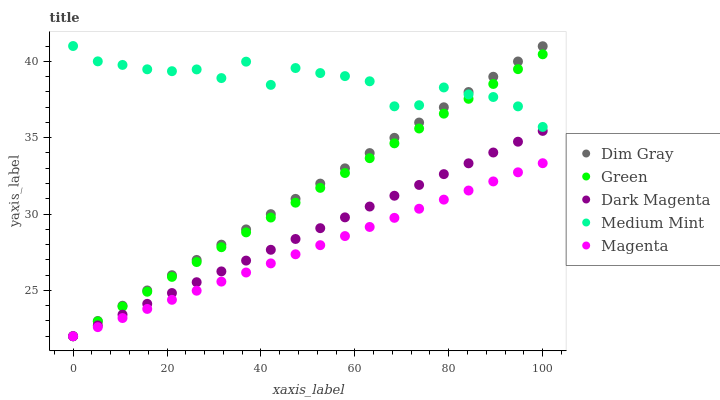
| xaxis_label | Dim Gray | Green | Dark Magenta | Medium Mint | Magenta |
 | --- | --- | --- | --- | --- | --- |
 | 0 | 22 | 22 | 22 | 41 | 22 |
 | 5.26 | 23 | 23 | 22.7 | 40 | 22.6 |
 | 10.5 | 24 | 23.9 | 23.4 | 39.8 | 23.2 |
 | 15.8 | 25 | 24.9 | 24.1 | 39.5 | 23.8 |
 | 21.1 | 26 | 25.9 | 24.8 | 39.4 | 24.4 |
 | 26.3 | 27 | 26.9 | 25.5 | 39.5 | 25 |
 | 31.6 | 28 | 27.8 | 26.2 | 38.9 | 25.6 |
 | 36.8 | 29 | 28.8 | 27 | 40 | 26.2 |
 | 42.1 | 30 | 29.8 | 27.7 | 38.5 | 26.8 |
 | 47.4 | 31 | 30.7 | 28.4 | 39.6 | 27.4 |
 | 52.6 | 32 | 31.7 | 29.1 | 39.2 | 28 |
 | 57.9 | 33 | 32.7 | 29.8 | 39 | 28.6 |
 | 63.2 | 34 | 33.7 | 30.5 | 38.7 | 29.2 |
 | 68.4 | 35 | 34.6 | 31.2 | 37.1 | 29.8 |
 | 73.7 | 36 | 35.6 | 31.9 | 37.1 | 30.3 |
 | 78.9 | 37 | 36.6 | 32.6 | 38.3 | 30.9 |
 | 84.2 | 38 | 37.5 | 33.3 | 37.8 | 31.5 |
 | 89.5 | 39 | 38.5 | 34 | 37.7 | 32.1 |
 | 94.7 | 40 | 39.5 | 34.7 | 37 | 32.7 |
 | 100 | 41 | 40.5 | 35.4 | 35.7 | 33.3 |